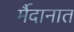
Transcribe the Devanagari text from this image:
र्मैदानात